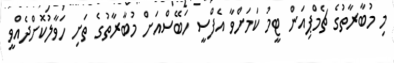
މި މުބާރާތުގެ ޗެމްޕިއަން ޓީމު ކަމަށްވާ އެފްސީ ހަބޭސްއަށް މުބާރާތުގެ ތަށި ހަވާލުކޮށްދެއްވީ